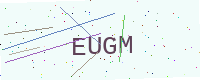
Text: EUGM